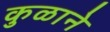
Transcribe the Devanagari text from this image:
कुळाने